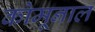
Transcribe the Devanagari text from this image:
कोमूनाल